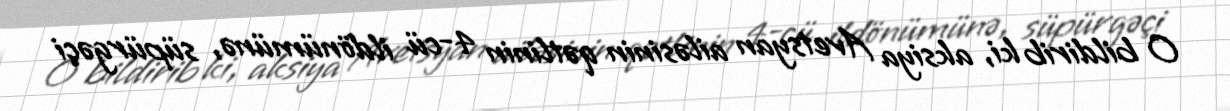
O bildirib ki, aksiya Avetsyan ailəsinin qətlinin 4-cü ildönümünə, süpürgəçi